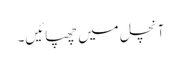
آنچل میں چھپائیں۔